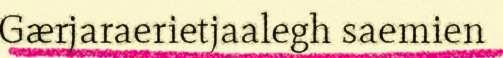
Gærjaraerietjaalegh saemien